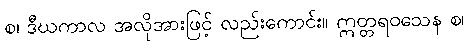
စ၊ ဒီဃကာလ အလိုအားဖြင့် လည်းကောင်း။ ဣတ္တရဝသေန စ၊